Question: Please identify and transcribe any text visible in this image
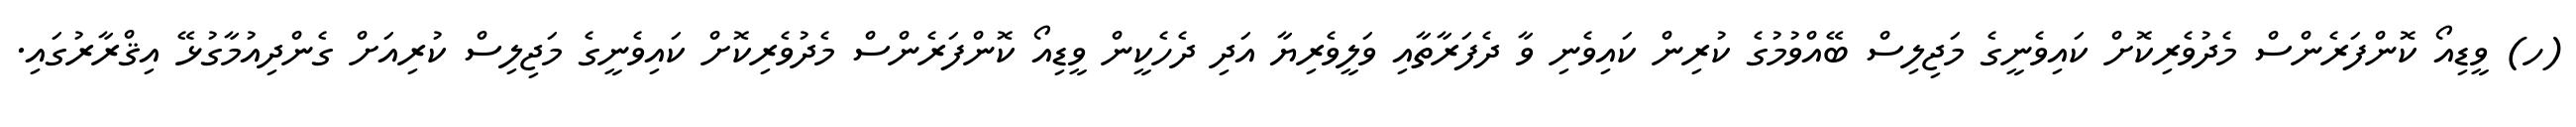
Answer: (ހ) ވީޑިއޯ ކޮންފަރެންސް މެދުވެރިކޮށް ކައިވެނީގެ މަޖިލިސް ބޭއްވުމުގެ ކުރިން ކައިވެނި ވާ ދެފަރާތާއި ވަލީވެރިޔާ އަދި ދެހެކީން ވީޑިއޯ ކޮންފަރެންސް މެދުވެރިކޮށް ކައިވެނީގެ މަޖިލިސް ކުރިއަށް ގެންދިއުމާގުޅޭ އިޤްރާރުގައި.